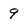
Character: 9